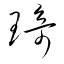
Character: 琦